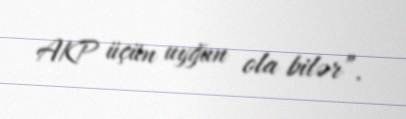
AKP üçün uyğun ola bilər”.